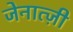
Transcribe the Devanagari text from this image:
जेनात्ज़ी